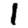
Digit: 1